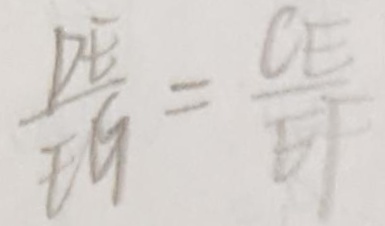
\frac { D E } { E G } = \frac { C E } { E F }